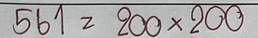
561 = 200x200